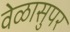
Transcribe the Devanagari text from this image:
वेळासुपर